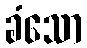
ခံသော